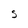
Character: S